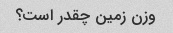
وزن زمین چقدر است؟